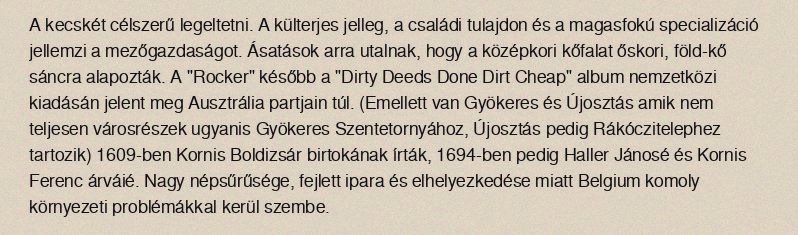
A kecskét célszerű legeltetni. A külterjes jelleg, a családi tulajdon és a magasfokú specializáció jellemzi a mezőgazdaságot. Ásatások arra utalnak, hogy a középkori kőfalat őskori, föld-kő sáncra alapozták. A "Rocker" később a "Dirty Deeds Done Dirt Cheap" album nemzetközi kiadásán jelent meg Ausztrália partjain túl. (Emellett van Gyökeres és Újosztás amik nem teljesen városrészek ugyanis Gyökeres Szentetornyához, Újosztás pedig Rákóczitelephez tartozik) 1609-ben Kornis Boldizsár birtokának írták, 1694-ben pedig Haller Jánosé és Kornis Ferenc árváié. Nagy népsűrűsége, fejlett ipara és elhelyezkedése miatt Belgium komoly környezeti problémákkal kerül szembe.